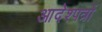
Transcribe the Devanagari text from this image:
आदेश्पत्रों